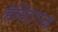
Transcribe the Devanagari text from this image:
हेस्टिगज